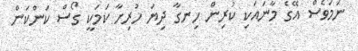
ނަމަވެސް އޭގެ މާނައަކި ކުރިން ހިނގާ ދިޔަ ހުރިހާ ކަމަކީ ގޯސް ކަންކަން